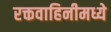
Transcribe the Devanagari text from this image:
रक्तवाहिनीमध्ये